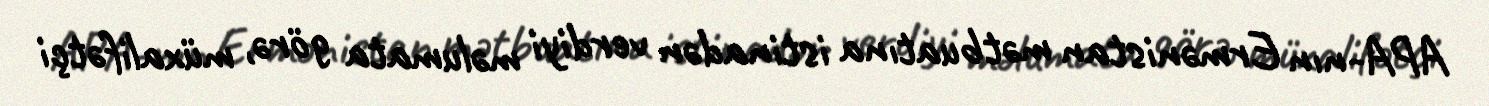
APA-nın Ermənistan mətbuatına istinadən verdiyi məlumata görə, müxalifətçi